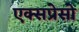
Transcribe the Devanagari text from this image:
एक्सप्रेसो